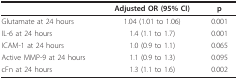
<table><thead><tr><td></td><td><b>Adjusted OR (95% CI)</b></td><td><b>p</b></td></tr></thead><tbody><tr><td>Glutamate at 24 hours</td><td>1.04 (1.01 to 1.06)</td><td>0.001</td></tr><tr><td>IL-6 at 24 hours</td><td>1.4 (1.1 to 1.7)</td><td>0.001</td></tr><tr><td>ICAM-1 at 24 hours</td><td>1.0 (0.9 to 1.1)</td><td>0.065</td></tr><tr><td>Active MMP-9 at 24 hours</td><td>1.1 (0.9 to 1.3)</td><td>0.095</td></tr><tr><td>cFn at 24 hours</td><td>1.3 (1.1 to 1.6)</td><td>0.002</td></tr></tbody></table>